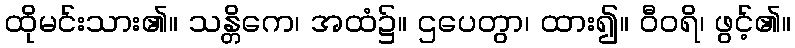
ထိုမင်းသား၏။ သန္တိကေ၊ အထံ၌။ ဌပေတွာ၊ ထား၍။ ဝီဝရိ၊ ဖွင့်၏။